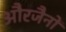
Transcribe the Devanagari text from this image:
औरजैनों